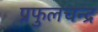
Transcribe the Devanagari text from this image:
प्रफुलचन्द्र